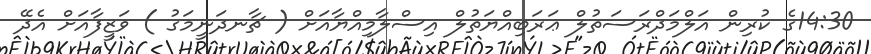
14:30ގެ ކުރިން އަލްމަދްރަސަތުލް ޢަރަބިއްޔަތުލް އިސްލާމިއްޔާއަށް ( ޗާނދަނީމަގު ) ވަޒީފާއަށް އެދޭ